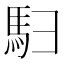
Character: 𬳨